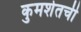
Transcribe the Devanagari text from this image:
कुमशेतची